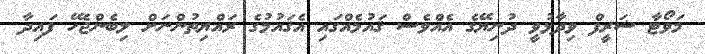
މަވޯޓާ ޝަރީފް ވިދާޅުވީ ދުނިޔޭގެ އެއްވެސް ޤައުމެއްގައި އެޤައުމުގެ ރައްޔިތުންނަށް ލިބެންޖެހޭ ފައިދާ